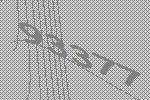
93377